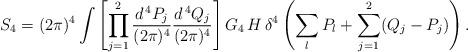
LaTeX: \begin{align*}S_4 = (2 \pi)^4 \int \left[ \prod_{j = 1}^2 \frac{d^{\, 4} P_j}{(2 \pi)^4} \frac{d^{\, 4} Q_j}{(2 \pi)^4} \right] G_4 \, H \, \delta^4 \left( \sum_l P_l + \sum_{j = 1}^2 (Q_j - P_j) \right). \end{align*}